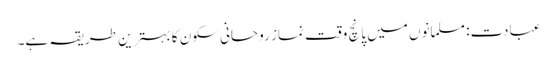
عبادت: مسلمانوں میں پانچ وقت نماز روحانی سکون کا بہترین طریقہ ہے۔